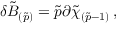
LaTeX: \delta \tilde { B } _ { ( \tilde { p } ) } = \tilde { p } \partial \tilde { \chi } _ { ( \tilde { p } - 1 ) } \, ,